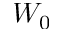
W _ { 0 }